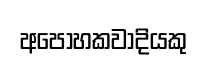
අපෝහකවාදියකු